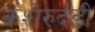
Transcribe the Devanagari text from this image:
कशेरुदंडी